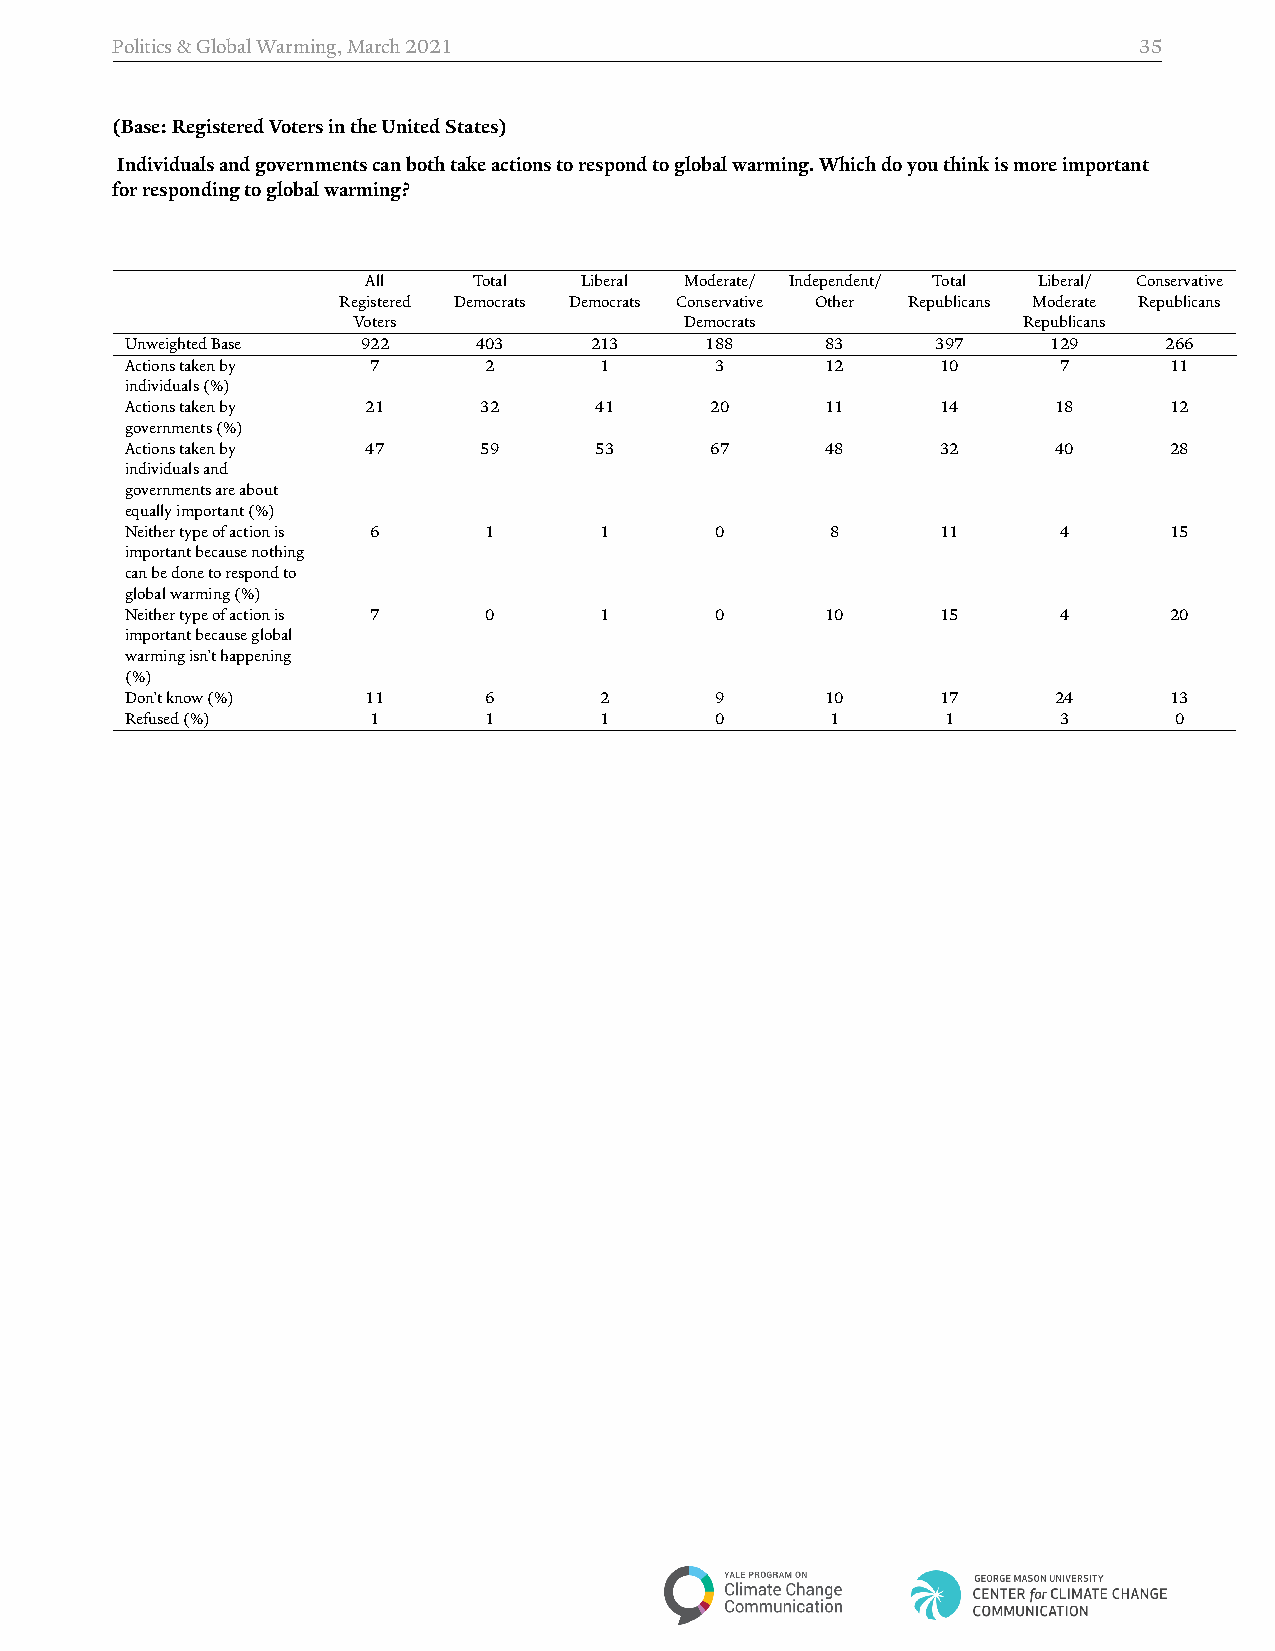
Politics&GlobalWarming,March2021                                    35
 (Base:RegisteredVotersintheUnitedStates)
 Individualsandgovernmentscanbothtakeactionstorespondtoglobalwarming.Whichdoyouthinkismoreimportant
 forrespondingtoglobalwarming?
 All    Total  Liberal Moderate/ Independent/ Total Liberal/ Conservative
 Registered Democrats Democrats Conservative Other Republicans Moderate Republicans
 Voters                Democrats              Republicans
 UnweightedBase  922    403     213     188     83     397     129    266
 Actionstakenby   7      2       1      3       12     10      7      11
 individuals(%)
 Actionstakenby  21      32     41      20      11     14      18     12
 governments(%)
 Actionstakenby  47      59     53      67      48     32      40     28
 individualsand
 governmentsareabout
 equallyimportant(%)
 Neithertypeofactionis 6 1       1      0       8      11      4      15
 importantbecausenothing
 canbedonetorespondto
 globalwarming(%)
 Neithertypeofactionis 7 0       1      0       10     15      4      20
 importantbecauseglobal
 warmingisn’thappening
 (%)
 Don’tknow(%)    11      6       2      9       10     17      24     13
 Refused(%)       1      1       1      0       1       1      3       0